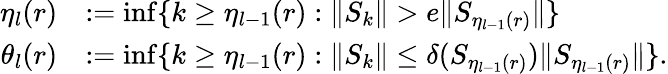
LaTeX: \begin{array}{rl}{\eta_{l}(r)}&{:=\operatorname*{inf}\{ k\geq\eta_{l-1}(r):\| S_{k}\| >e\| S_{\eta_{l-1}(r)}\| \} }\\ {\theta_{l}(r)}&{:=\operatorname*{inf}\{ k\geq\eta_{l-1}(r):\| S_{k}\| \leq\delta(S_{\eta_{l-1}(r)})\| S_{\eta_{l-1}(r)}\| \} .}\end{array}